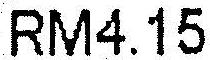
RM4.15